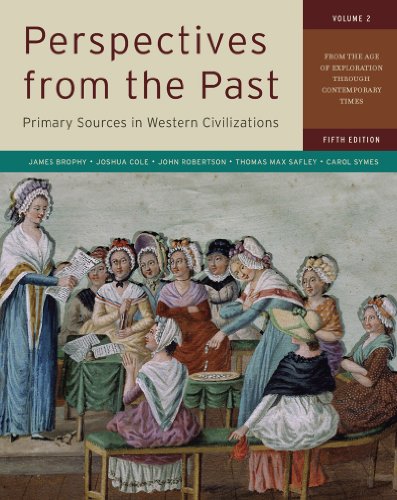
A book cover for Perspectives from the Past: Primary Sources in Western Civilizations: From the Age of Exploration through Contemporary Times (Fifth Edition)  (Vol. 2); James M. Brophy; History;